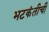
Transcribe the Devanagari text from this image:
भटकंतीची